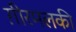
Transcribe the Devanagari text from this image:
ग़ीरमलकी